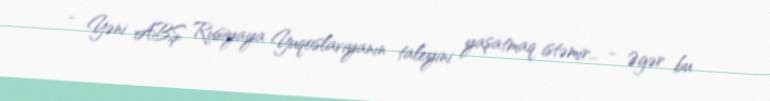
- Yəni ABŞ Rusiyaya Yuqoslaviyanın taleyini yaşatmaq istəmir... - Əgər bu